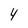
Character: 4